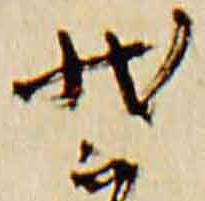
装